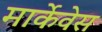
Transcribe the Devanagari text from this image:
मार्केवेस